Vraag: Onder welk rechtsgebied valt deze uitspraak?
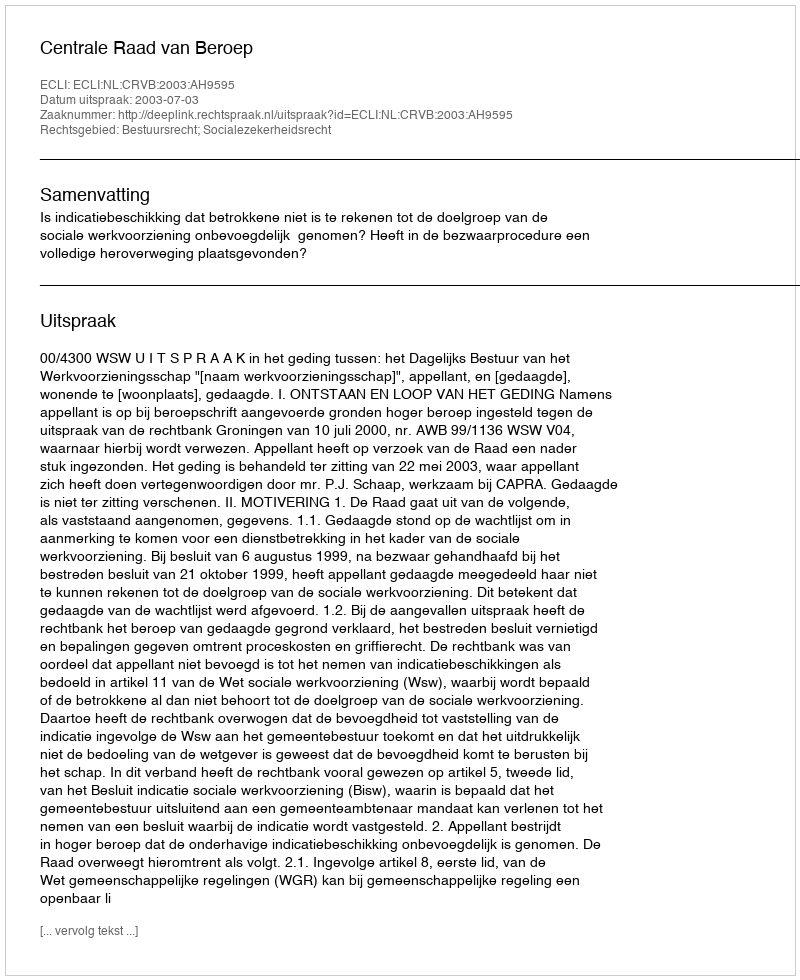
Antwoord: Bestuursrecht; Socialezekerheidsrecht